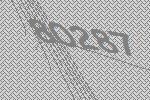
80287